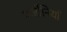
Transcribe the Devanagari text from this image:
वर्जीनियाँ